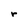
Character: r